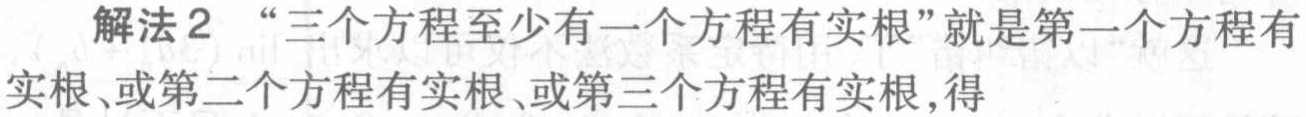
解法2 “三个方程至少有一个方程有实根”就是第一个方程有实根、或第二个方程有实根、或第三个方程有实根,得